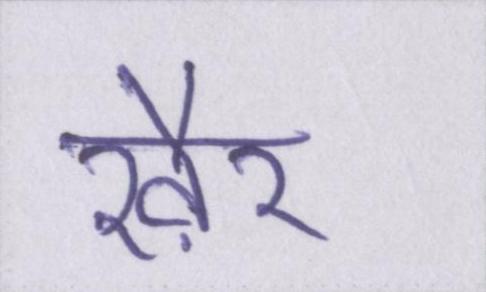
ख़ैर